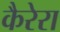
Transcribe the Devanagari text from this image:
कैरेरा